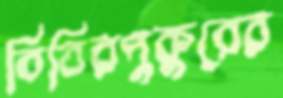
বিবিরপুকুরের